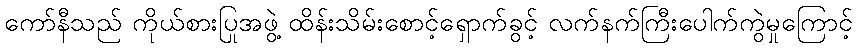
ကော်နီသည် ကိုယ်စားပြုအဖွဲ့ ထိန်းသိမ်းစောင့်ရှောက်ခွင့် လက်နက်ကြီးပေါက်ကွဲမှုကြောင့်